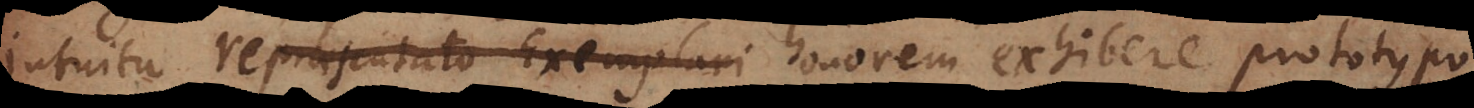
intuitu repraesentato exemplari honorem exhibere